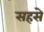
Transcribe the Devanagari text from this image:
सहसे